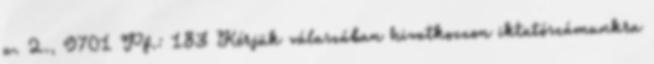
u. 2., 9701 Pf.: 183 Kérjük válaszában hivatkozzon iktatószámunkra